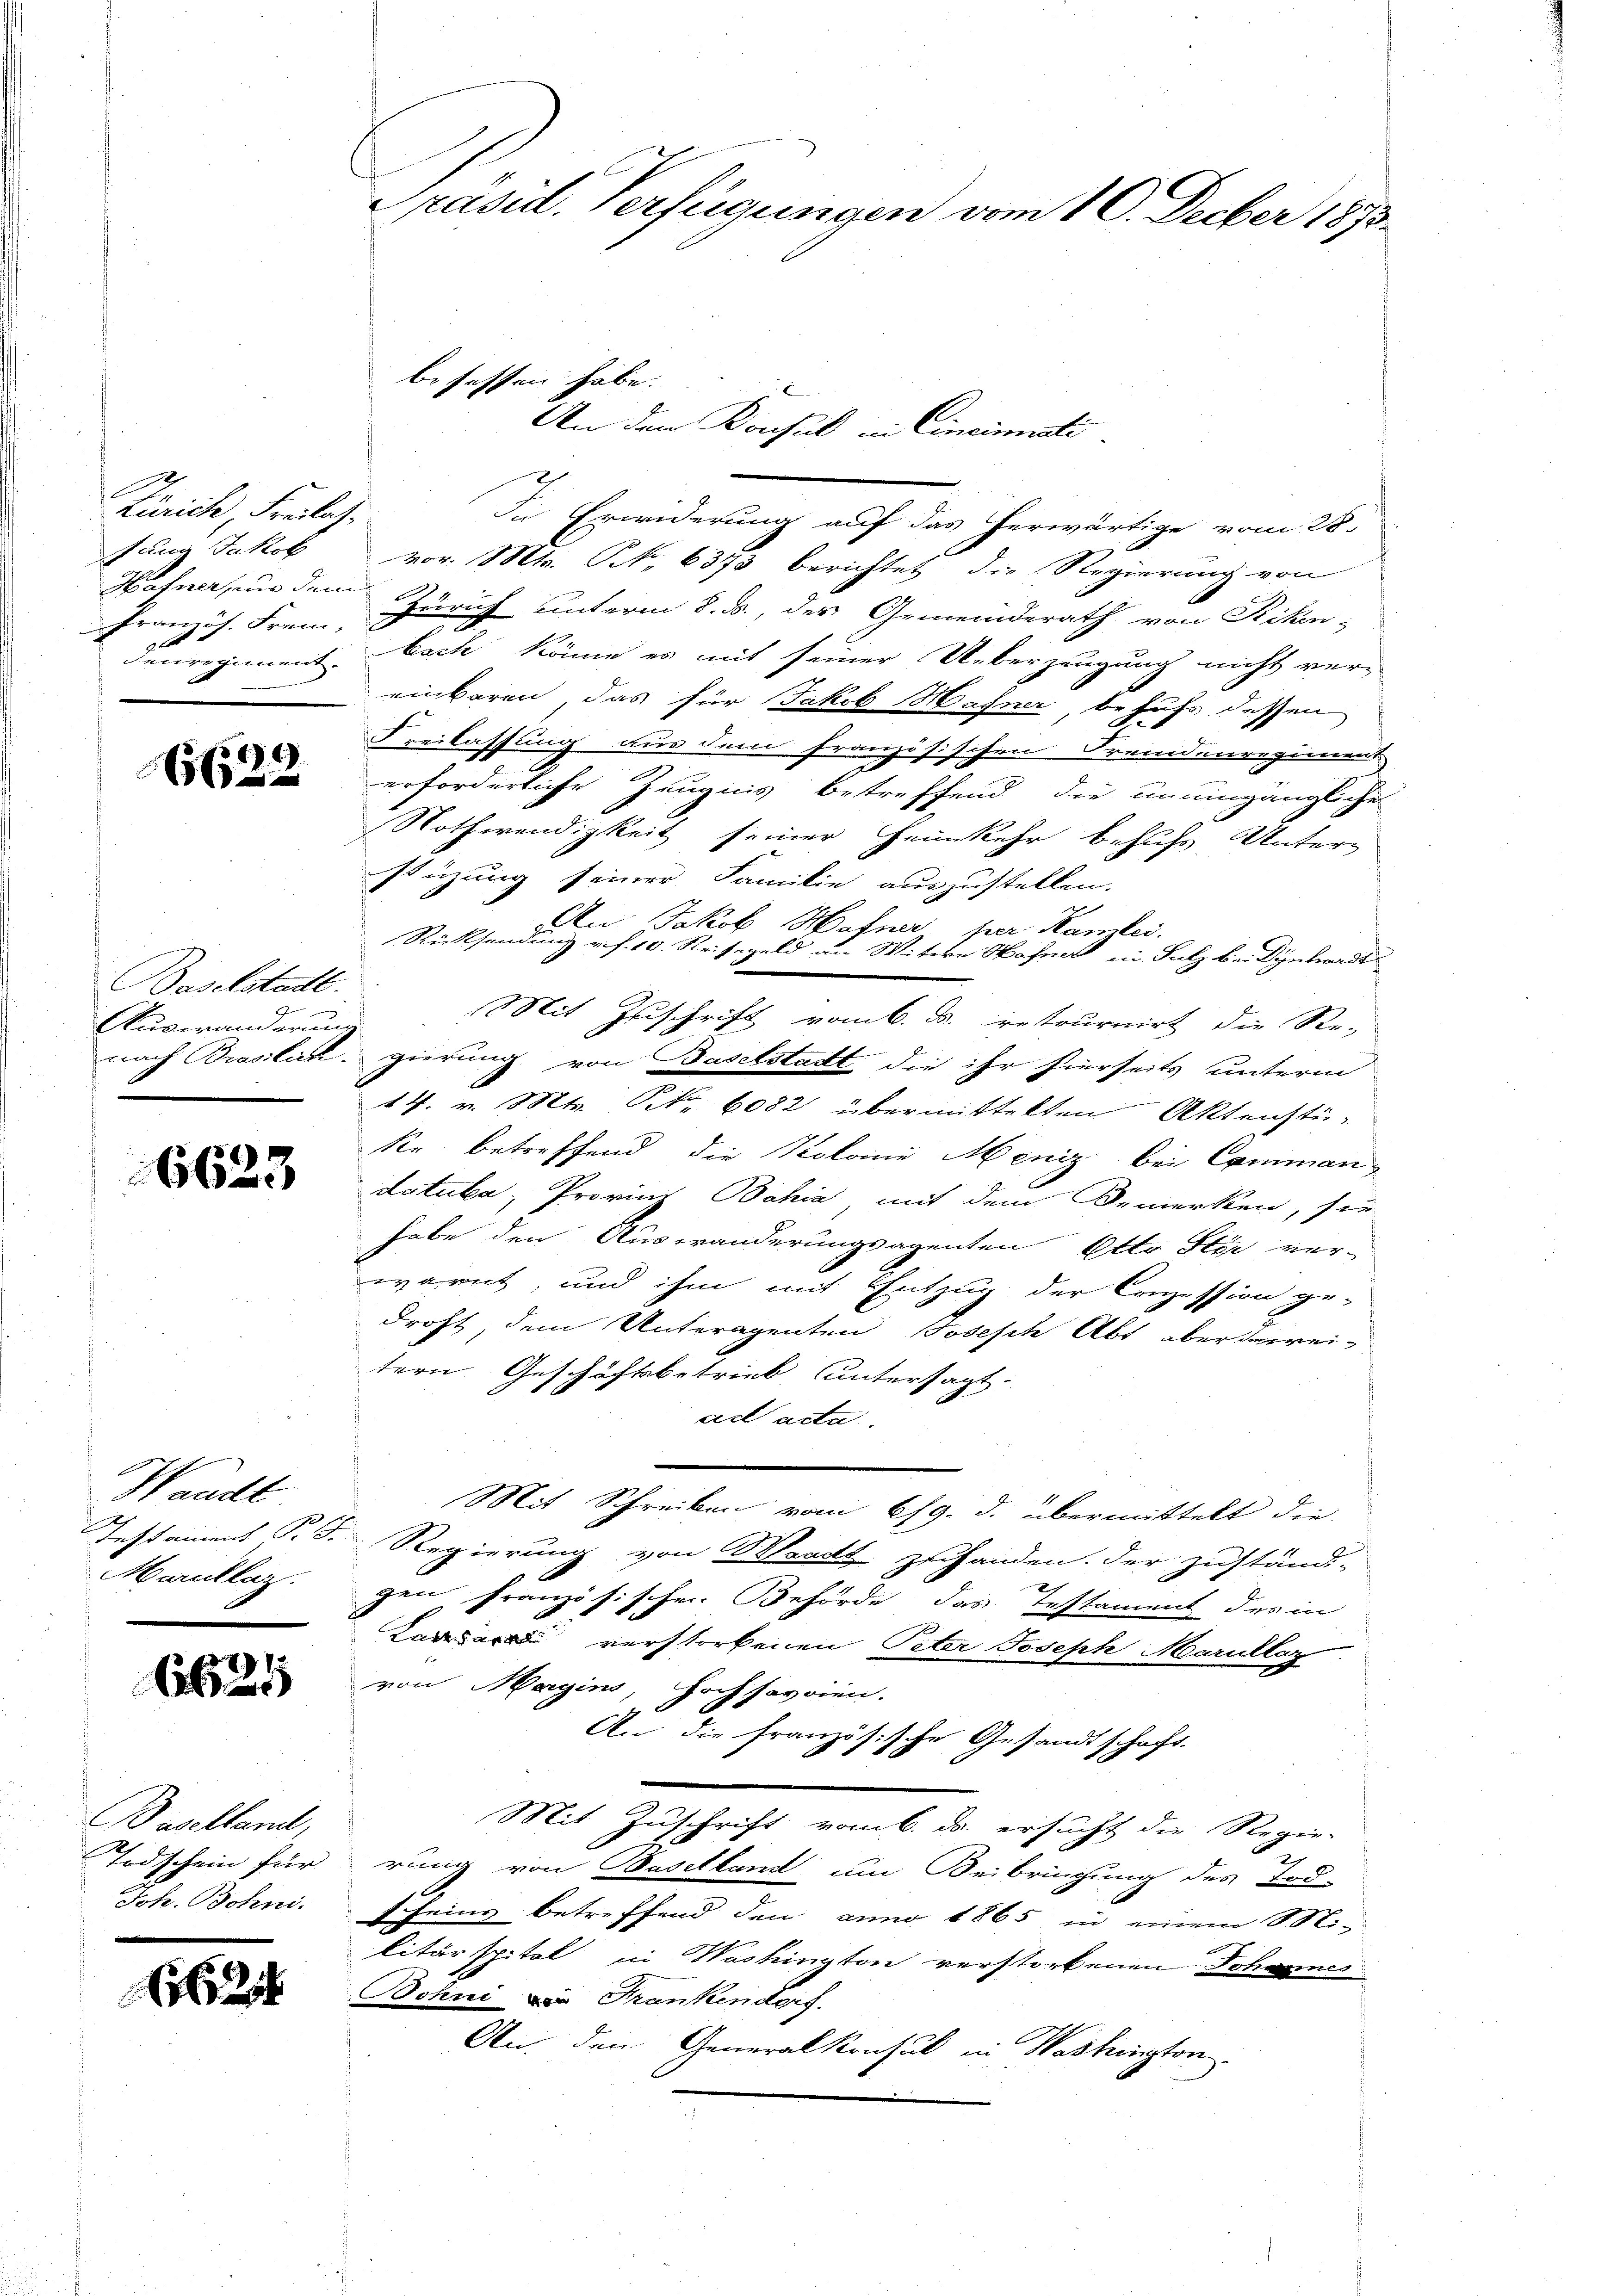
Zürich, Freilasfang Jakob
Hahner aus dem
Französ. Frei-
denregiment.

6)
66

Baselstadt.
J
i
Auveränderung

16623

Waadt
J 1 kament P. 18.
Marullaz.

6625

Baselland,
Todschein für
Joh. Bohni.

62

Prasil. Verfügungen vom 10. Decber 1873.

2
vor. Mts. S. 6373 berichtet die Regierung von
Zürich unterm 8. ds., der Gemeinderath, von Riken-
bach könne es mit seiner Ueberzeugung nicht vereinbaren, das für Jakob Hafner, behufs dessen
Freilassung aus dem französischen Fremdenregiment
erforderliche Zeugnis betreffend die unumgängliche
Nothwendigkeit seiner Heimkehr behufs Unterstüzung seiner Familie auszustellen.
An Jakob Hafner per Kamlei.
Rücksendung v. f. 10. Reisegeld an Witwe Hafner in Salz bei Dynhardt
Mit Zuschrift vom 6. d. retournirt die Re-
nach Brasilik gierung von Baselstadt die ihr hierseits unterm
14. v. Mts. Frk. 6082 übermittelten Aktenstükr betreffend die Kolome Meniz bei Commandotuka, Provinz Bahia mit dem Bemerken, sie
habe den Auswänderungsagenten Otto Sie ver-
warnt, und ihm mit Entzug der Conzession ge-
droht, dem Unteragenten Josesch Abt aber derrei-
tern Geschäftsbetrieb untersagt:
ad acta
Mit Schreiben vom 6/9. d. übermittelt die
Regierung von Waadt zu handen. Der zuständi-
gen französischen Behörde das Testament des in
Kara verstorbenen Peter Joseph Marnklar
von Magins, hoch savoien.
An die französische Gesandtschaft.
e
Mit Zuschrift vom 6. ds. ersucht die Regie-
rung von Baselland um Beibringung des Tod-
sfeins betreffend den anno 1865 in einem Mi-
litärspital in Washington verstorbenen Johannes
Bohni. Die Franken Lois.
An den Generalkonsul in Washington

besassen habe.
An den Konsul in Cincinati

In Erwiderung auf das herwärtige vom 28.